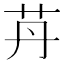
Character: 䒟